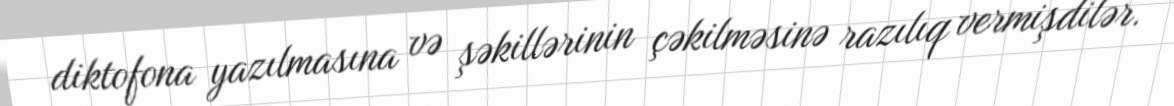
diktofona yazılmasına və şəkillərinin çəkilməsinə razılıq vermişdilər.